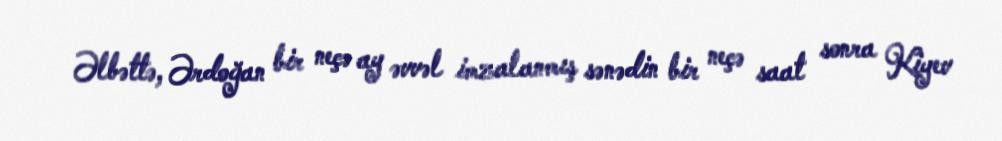
Əlbəttə, Ərdoğan bir neçə ay əvvəl imzalanmış sənədin bir neçə saat sonra Kiyev